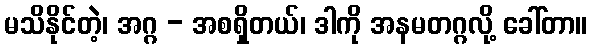
မသိနိုင်တဲ့၊ အဂ္ဂ - အစရှိတယ်၊ ဒါကို အနမတဂ္ဂလို့ ခေါ်တာ။